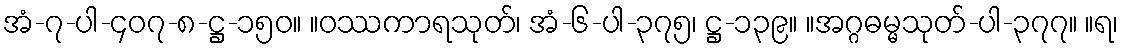
အံ-၇-ပါ-၄၀၇-၈-ဋ္ဌ-၁၅၀။ ။ဝဿကာရသုတ်၊ အံ-၆-ပါ-၃၇၅၊ ဋ္ဌ-၁၃၉။ ။အဂ္ဂဓမ္မသုတ်-ပါ-၃၇၇။ ။ရ၊